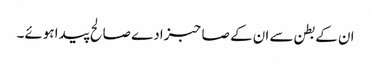
ان کے بطن سے ان کے صاحبزادے صالح پیدا ہوئے۔